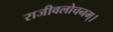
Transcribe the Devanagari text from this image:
राजीवलोचनम्‌।